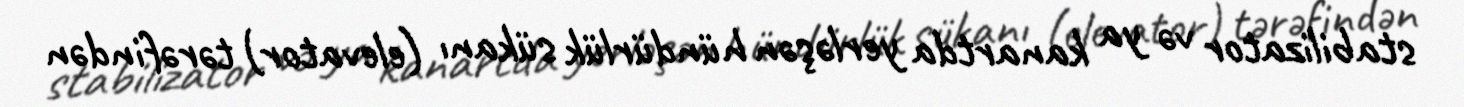
stabilizator və ya kanartda yerləşən hündürlük sükanı (elevator) tərəfindən